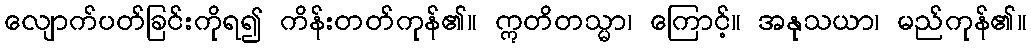
လျောက်ပတ်ခြင်းကိုရ၍ ကိန်းတတ်ကုန်၏။ ဣတိတသ္မာ၊ ကြောင့်။ အနုသယာ၊ မည်ကုန်၏။